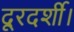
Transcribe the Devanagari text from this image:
दूरदर्शी।